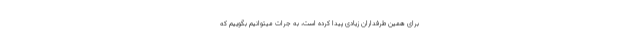
برای همین طرفداران زیادی پیدا کرده است، به جرات میتوانیم بگوییم که